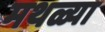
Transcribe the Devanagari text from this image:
मथळ्या